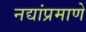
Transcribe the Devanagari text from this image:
नद्यांप्रमाणे